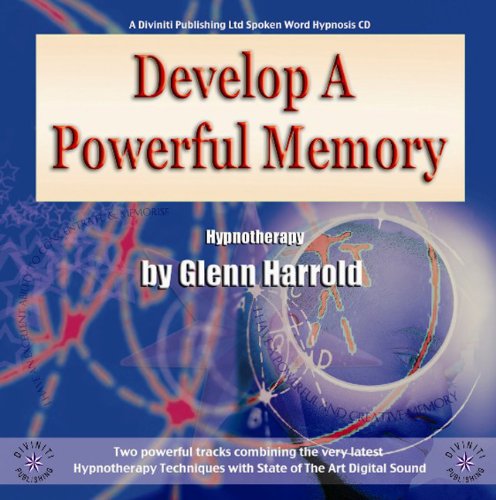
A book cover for Develop a Powerful Memory; Glenn Harrold; Self-Help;